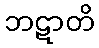
ဘဋာတိ